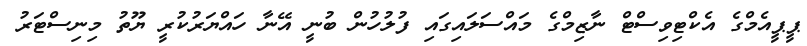
ޕީޕީއެމްގެ އެކްޓިވިސްޓް ނާޒިމްގެ މައްސަލައިގައި ފުލުހުން ބުނީ އޭނާ ހައްޔަރުކުރީ ޔޫތު މިނިސްޓަރު